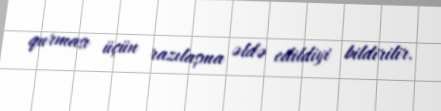
qurması üçün razılaşma əldə edildiyi bildirilir.